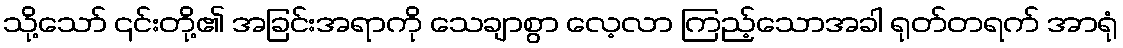
သို့သော် ၎င်းတို့၏ အခြင်းအရာကို သေချာစွာ လေ့လာ ကြည့်သောအခါ ရုတ်တရက် အာရုံ